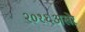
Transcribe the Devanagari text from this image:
२०१६अखेर